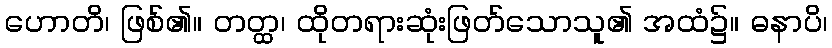
ဟောတိ၊ ဖြစ်၏။ တတ္ထ၊ ထိုတရားဆုံးဖြတ်သောသူ၏ အထံ၌။ ဓနာပိ၊